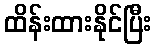
ထိန်းထားနိုင်ပြီး